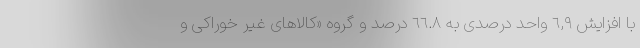
با افزایش ٦,٩ واحد درصدی به ٦٦.٨ درصد و گروه «کالاهای غیر خوراکی و